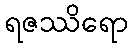
ရဇဿိရော